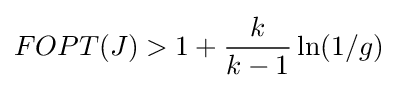
FOPT(J)>1+{\frac {k}{k-1}}\ln(1/g)